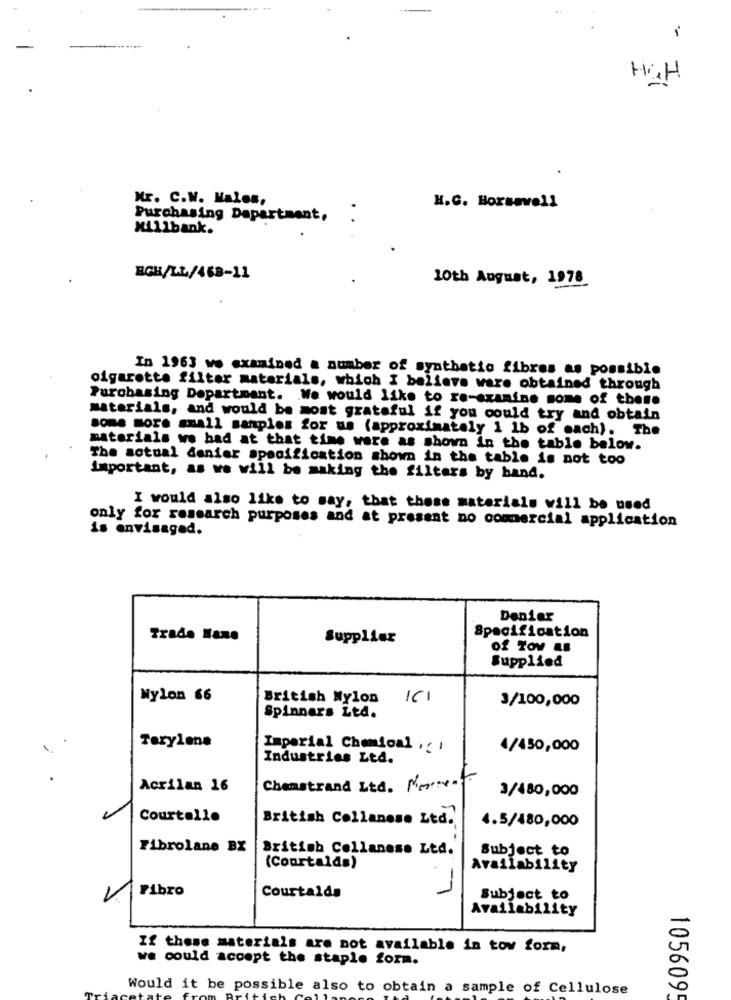
H&H
Mr. C.W. Malos,
H.C. Borsavell
Purchasing Department,
:
Millbank.
ECH/LL/469-11
10th August, 1978
In 1963 we examined a number of synthetic fibres as possible
cigarette filter materials, which I believe ware obtained through
Purchasing Department. We would like to re-examine some of these
materials, and would be most grateful if you could try and obtain
some more small samples for us (approximately 1 1b of each). The
materials we bad at that time were as shown in the table below.
The actual denier specification shown in the table is not too
important, as we will be making the filters by hand.
I would also like to say, that these materials will be used
only for research purposes and at present no commercial application
is envisaged.
Denier
Trade Hane
Supplier
Specification
of Tov as
Supplied
Wylon 66
British Nylon
161
3/100,000
Spinners Ltd.
Terylene
Imperial Chemical , . ,
4/450,000
Industries Ltd.
Acrilan 16
Chenstrand Ltd. Morten
3/480,000
Courtalle
British Collanese Ltd.
4.5/480,000
Fibrolane BX
British Collanese Ltd.
Subject to
(Courtalds)
Availability
Fibro
Courtalds
Subject to
Availability
If these materials are not available in tow form,
we could accept the staple form.
Would it be possible also to obtain a sample of Cellulose
1056095